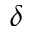
\delta